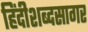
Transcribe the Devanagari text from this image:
हिंदीशब्दसागर